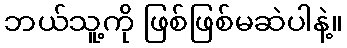
ဘယ်သူ့ကို ဖြစ်ဖြစ်မဆဲပါနဲ့။